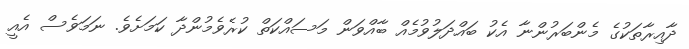
ދާއިރާތަކުގެ މެންބަރުންނާ އެކު ބައްދަލުވުމެއް ބާއްވަން މަސައްކަތް ކުރެވެމުންދާ ކަމަށެވެ. ނަމަވެސް އެއީ